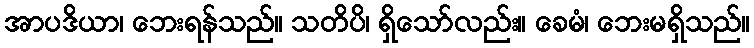
အာပဒိယာ၊ ဘေးရန်သည်။ သတိပိ၊ ရှိသော်လည်း။ ခေမံ၊ ဘေးမရှိသည်။